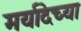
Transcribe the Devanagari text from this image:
मर्यादेच्या